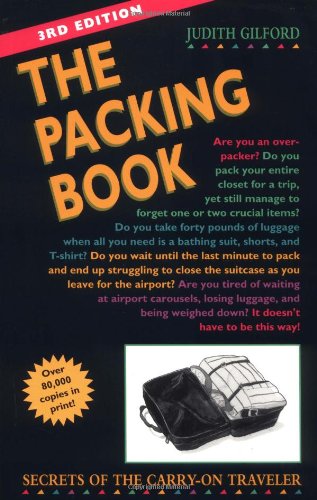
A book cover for The Packing Book: Secrets of the Carry-On Traveler; Judith Gilford; Travel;